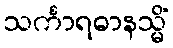
သင်္ကာရဓာနသ္မိံ